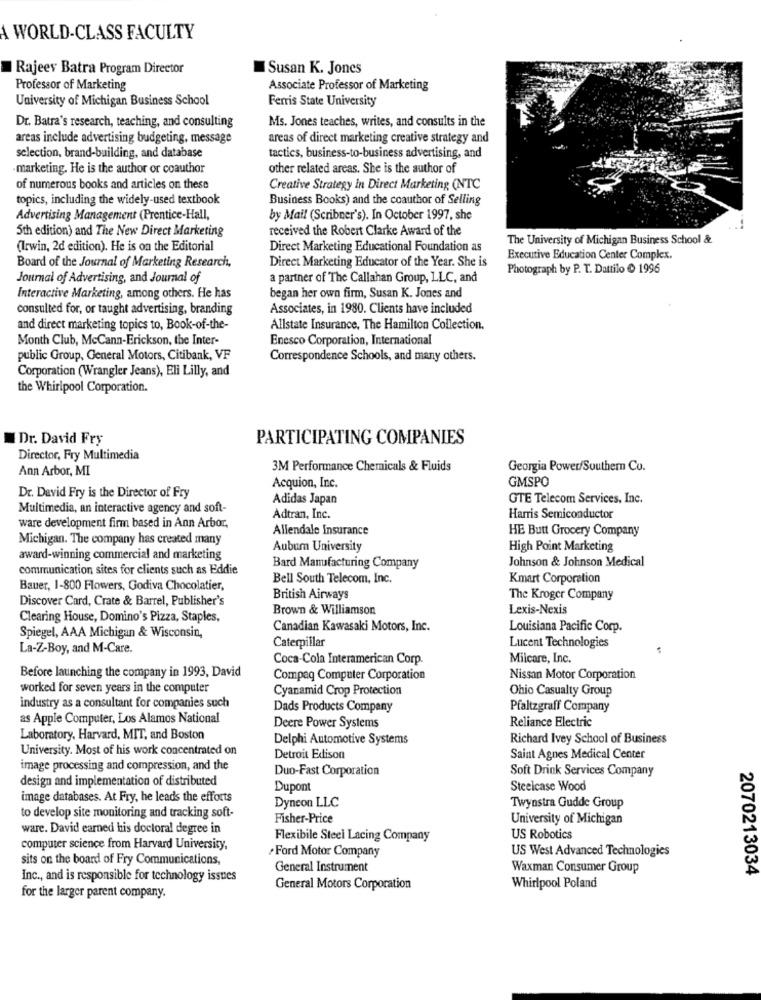
A WORLD-CLASS FACULTY
Rajeev Batra Program Director
Susan K. Jones
Professor of Marketing
Associate Professor of Marketing
University of Michigan Business School
Ferris State University
Ms. Jones teaches, writes, and consults in the
Dr. Batra's research, teaching, and consulting
areas include advertising budgeting, message
areas of direct marketing creative strategy and
selection, brand-building, and database
tactics, business-to-business advertising, and
marketing. He is the author or coauthor
other related areas. She is the author of
of numerous books and articles on these
Creative Strategy In Direct Marketing (NTC
topics, including the widely-used textbook
Business Books) and the coauthor of Selling
Advertising Management (Prentice-Hall,
by Mail (Scribner's). In October 1997, she
5th edition) and The New Direct Marketing
received the Robert Clarke Award of the
The University of Michigan Business School &
(Irwin, 2d edition). He is on the Editorial
Direct Marketing Educational Foundation as
Direct Marketing Educator of the Year. She is
Executive Education Center Complex.
Board of the Journal of Marketing Research,
Photograph by P. T. Dattilo @ 1996
Journal of Advertising, and Journal of
a partner of The Callahan Group, LLC, and
Interactive Marketing, among others. He has
began her own firm, Susan K. Jones and
consulted for, or taught advertising, branding
Associates, in 1980. Clients have included
and direct marketing topics to, Book-of-the-
Allstate Insurance, The Hamilton Collection.
Month Club, McCann-Erickson, the Inter-
Enesco Corporation, International
public Group, General Motors, Citibank, VF
Correspondence Schools, and many others.
Corporation (Wrangler Jeans), Eli Lilly, and
the Whirlpool Corporation.
Dr. David Fry
PARTICIPATING COMPANIES
Director, Fry Multimedia
Ann Arbor, MI
3M Performance Chemicals & Fluids
Georgia Power/Southern Cu.
GMSPO
Acquion, Inc.
Dr. David Fry is the Director of Fry
Adidas Japan
GTE Telecom Services, Inc.
Multimedia, an interactive agency and soft-
Adtran, Inc.
Harris Semiconductor
ware development firm based in Ann Arbor,
Allendale Insurance
HE Butt Grocery Company
Michigan. The company has created many
Auburn University
High Point Marketing
award-winning commercial and marketing
Johnson & Johnson Medical
communication sites for clients such as Eddie
Bard Manufacturing Company
Bell South Telecom, Inc.
Kmart Corporation
Bauer, 1-800 Flowers, Godiva Chocolatier,
Discover Card, Crate & Barrel, Publisher's
British Airways
The Kroger Company
Brown & Williamson
Lexis-Nexis
Clearing House, Domino's Pizza, Staples,
Canadian Kawasaki Motors, Inc.
Louisiana Pacific Corp.
Spiegel, AAA Michigan & Wisconsin,
Caterpillar
La-Z-Boy, and M-Care.
Lucent Technologies
Coca-Cola Interamerican Corp.
Milcare, Inc.
Before launching the company in 1993, David
Compaq Computer Corporation
Nissan Motor Corporation
worked for seven years in the computer
Cyanamid Crop Protection
Ohio Casualty Group
industry as a consultant for companies such
Dads Products Company
Pfaltzgraff Company
as Apple Computer, Los Alamos National
Deere Power Systems
Reliance Electric
Laboratory, Harvard, MIT, and Boston
Delphi Automotive Systems
Richard Ivey School of Business
University. Most of his work concentrated on
Detroit Edison
Saint Agnes Medical Center
image processing and compression, and the
Duo-Fast Corporation
Soft Drink Services Company
design and implementation of distributed
Dupont
Steelcase Wood
image databases. At Fry, he leads the efforts
Dyneon LLC
Twynstra Gudde Group
to develop site monitoring and tracking soft-
Fisher-Price
University of Michigan
ware. David earned his doctoral degree in
Flexibile Steel Lacing Company
US Robotics
computer science from Harvard University,
Ford Motor Company
US West Advanced Technologies
sits on the board of Fry Communications,
General Instrument
Waxman Consumer Group
2070213034
Inc ., and is responsible for technology issues
General Motors Corporation
Whirlpool Poland
for the larger parent company.